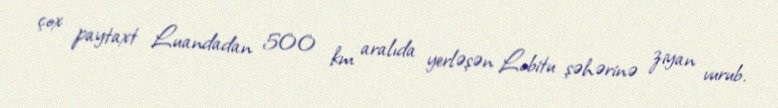
çox paytaxt Luandadan 500 km aralıda yerləşən Lobitu şəhərinə ziyan vurub.